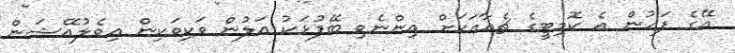
އޭގެ ފަހުން އެ ކޮމިޓީގެ ޗެއާއަކަށް އިންނެވި ބޭފުޅަކު އަލުން ވަކިވަކިން އިވެލުއޭޝަން